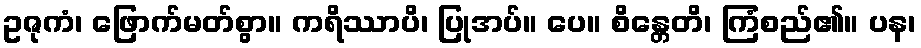
ဥဇုကံ၊ ဖြောက်မတ်စွာ။ ကရိဿာပိ၊ ပြုအပ်။ ပေ။ စိန္တေတိ၊ ကြံစည်၏။ ပန၊